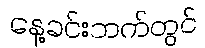
နေ့ခင်းဘက်တွင်